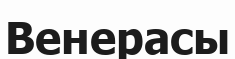
Венерасы